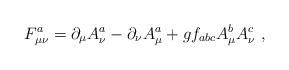
LaTeX: \begin{align*}F^a_{\mu \nu }=\partial _\mu A^a_\nu -\partial _\nu A^a_\mu + g f _{abc} A^b_\mu A^c_\nu \,\,,\end{align*}